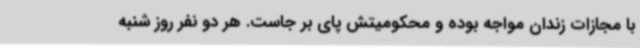
با مجازات زندان مواجه بوده و محکومیتش پای بر جاست. هر دو نفر روز شنبه